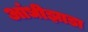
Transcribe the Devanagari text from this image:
आंधीझाडा